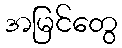
အမြင်တွေ